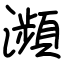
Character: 瀕